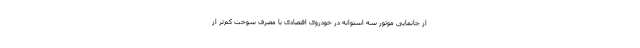
از جانمایی موتور سه استوانه در خودروی اقتصادی با مصرف سوخت کم‌تر از